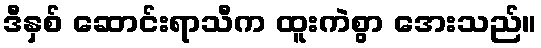
ဒီနှစ် ဆောင်းရာသီက ထူးကဲစွာ အေးသည်။